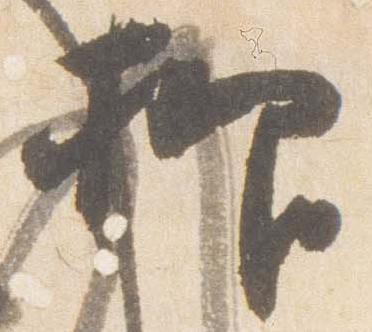
抑